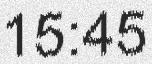
15:45